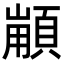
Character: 𩓼